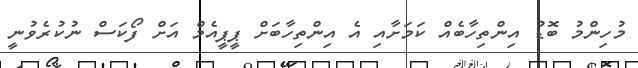
މުހިންމު ބޮޑު އިންތިހާބެއް ކަަމަށާއި އެ އިންތިހާބަށް ޕީޕީއެމް އަށް ފޯކަސް ނުކުރެވުނީ